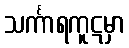
သင်္ကာရကူဋမှာ